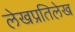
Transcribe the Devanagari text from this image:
लेखप्रतिलेख